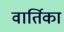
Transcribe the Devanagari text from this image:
वार्तिका